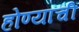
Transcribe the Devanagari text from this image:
होण्याचीं